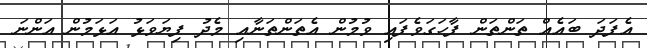
އެފަދަ ބައެއް ތަންތަން ފާހަގަވެފައި ވުމުން އެތަންތަނާއި މެދު ފިޔަވަޅު އަޅަމުން އަންނަ